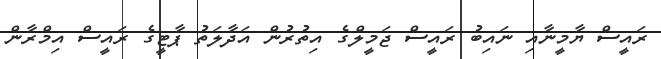
ރައީސް ޔާމީނާއި ނައިބު ރައީސް ޖަމީލްގެ އިތުރުން އަދާލަތު ޕާޓީގެ ރައީސް އިމްރާން